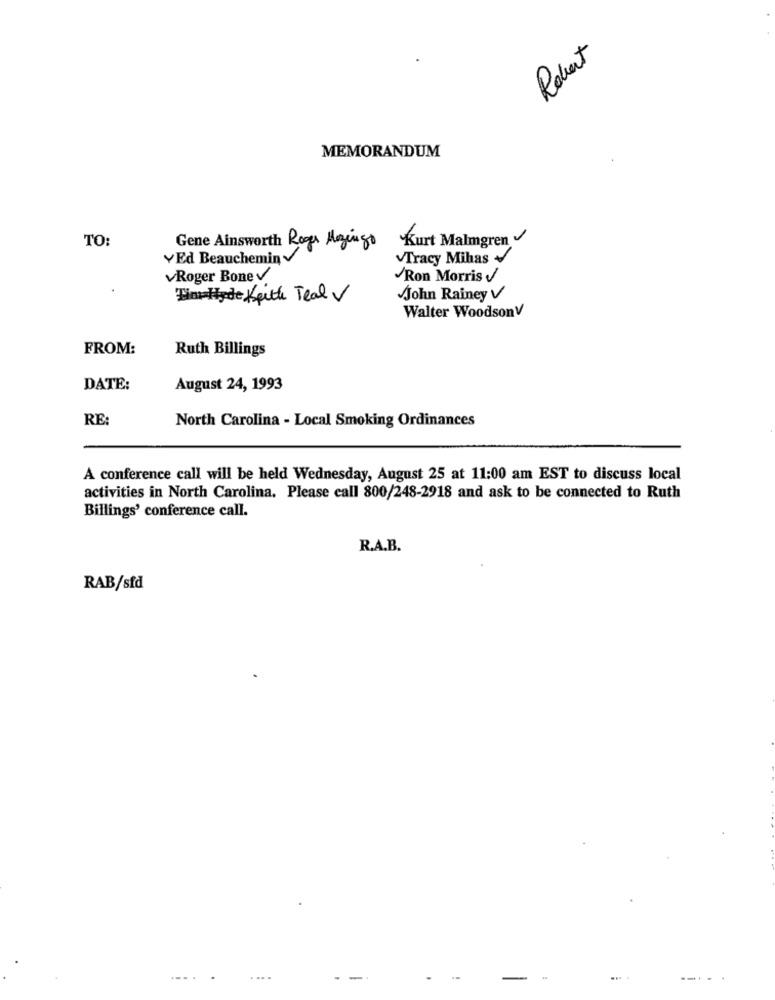
Robert
MEMORANDUM
TO:
Kurt Malmgren
Gene Ainsworth Roger Mazingo
YEd Beauchemin
Tracy Mihas
Roger Bone V
Ron Morris
Ein Hyde Keith Teal V
John Rainey V
Walter WoodsonV
FROM:
Ruth Billings
DATE:
August 24, 1993
RE:
North Carolina - Local Smoking Ordinances
A conference call will be held Wednesday, August 25 at 11:00 am EST to discuss local
activities in North Carolina. Please call 800/248-2918 and ask to be connected to Ruth
Billings' conference call.
R.A.B.
RAB/sfd
.... .
....